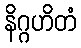
နိဂ္ဂဟိတံ